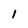
Character: 1